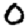
Digit: 0